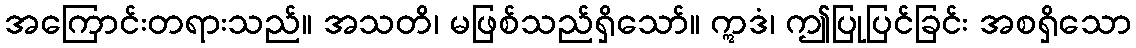
အကြောင်းတရားသည်။ အသတိ၊ မဖြစ်သည်ရှိသော်။ ဣဒံ၊ ဤပြုပြင်ခြင်း အစရှိသော